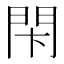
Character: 𨳲